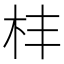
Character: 㭋